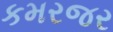
કમરજર